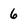
Character: 6